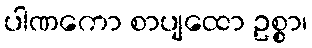
ပါဏကော စာပျထော ဥစ္စာ၊